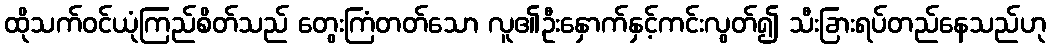
ထိုသက်ဝင်ယုံကြည်စိတ်သည် တွေးကြံတတ်သော လူ၏ဦးနှောက်နှင့်ကင်းလွတ်၍ သီးခြားရပ်တည်နေသည်ဟု